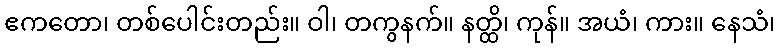
ဧကတော၊ တစ်ပေါင်းတည်း။ ဝါ၊ တကွနက်။ နတ္ထိ၊ ကုန်။ အယံ၊ ကား။ နေသံ၊